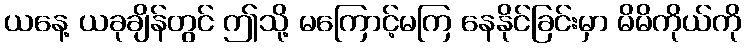
ယနေ့ ယခုချိန်တွင် ဤသို့ မကြောင့်မကြ နေနိုင်ခြင်းမှာ မိမိကိုယ်ကို